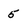
Character: 5